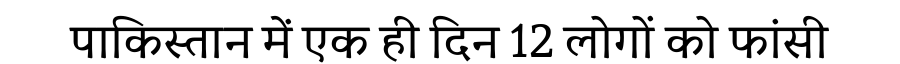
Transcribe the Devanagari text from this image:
पाकिस्तान में एक ही दिन 12 लोगों को फांसी